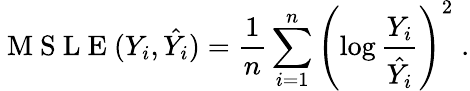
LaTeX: \mathrm{~M~S~L~E~}(Y_{i},\hat{Y_{i}})={\frac{1}{n}}\sum_{i=1}^{n}\left(\log{\frac{Y_{i}}{{\hat{Y_{i}}}}}\right)^{2}\; .